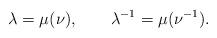
LaTeX: \begin{align*}\lambda=\mu(\nu), \qquad \lambda^{-1}=\mu(\nu^{-1}) .\end{align*}